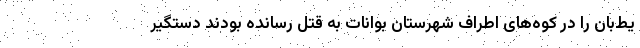
یط‌بان را در کوه‌های اطراف شهرستان بوانات به قتل رسانده بودند دستگیر